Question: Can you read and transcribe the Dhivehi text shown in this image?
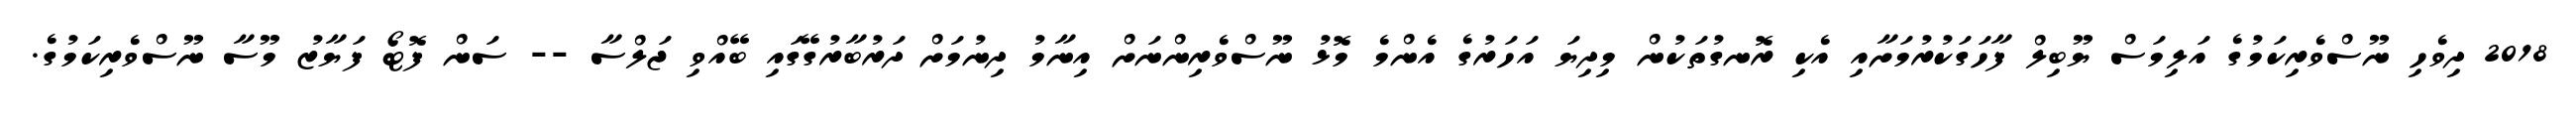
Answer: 2018 ދިވެހި ނޫސްވެރިކަމުގެ އަލިމަސް ޔޫބިލް ފާހަގަކުރުމަށާއި އެކި ރޮނގުތަކުން މިދިޔަ އަހަރުގެ އެންމެ މޮޅު ނޫސްވެރިންނަށް އިނާމު ދިނުމަށް ދަރުބާރުގޭގައި ބޭއްވި ޖަލްސާ -- ސަން ފޮޓޯ ފަޔާޒު މޫސާ ނޫސްވެރިކަމުގެ.